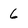
Character: 6